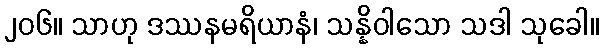
၂၀၆။ သာဟု ဒဿနမရိယာနံ၊ သန္နိဝါသော သဒါ သုခေါ။